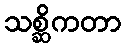
သစ္ဆိကတာ